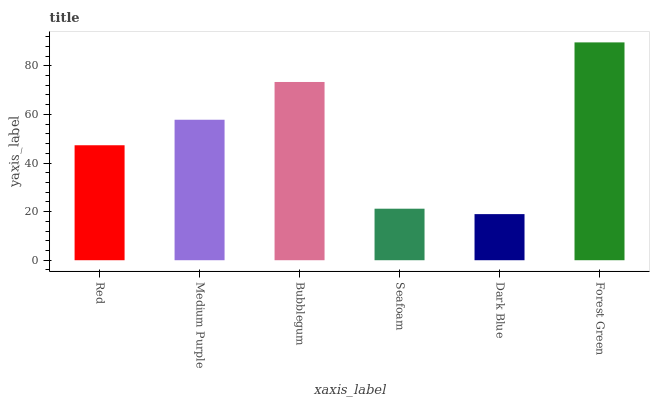
| xaxis_label | bars |
 | --- | --- |
 | Red | 47.3 |
 | Medium Purple | 57.8 |
 | Bubblegum | 73.3 |
 | Seafoam | 21.2 |
 | Dark Blue | 19 |
 | Forest Green | 89.6 |